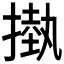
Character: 𢳊